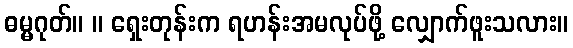
ဓမ္မဂုတ်။ ။ ရှေးတုန်းက ရဟန်းအမလုပ်ဖို့ လျှောက်ဖူးသလား။